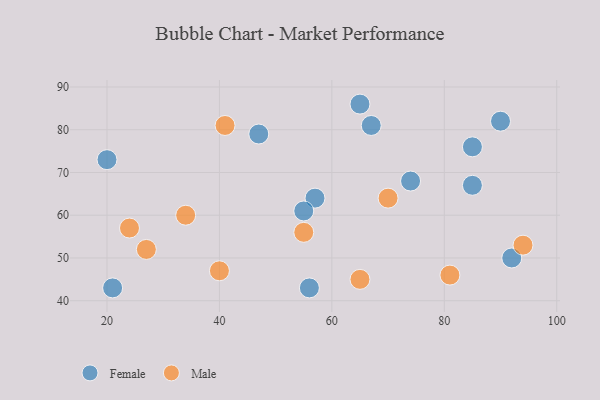
{"axis": {"x": "GDP", "y": "Life Expectancy"}, "legend": ["Female", "Male"], "data": [{"x": "92", "y": 50, "type": "Female"}, {"x": "57", "y": 64, "type": "Female"}, {"x": "55", "y": 61, "type": "Female"}, {"x": "67", "y": 81, "type": "Female"}, {"x": "90", "y": 82, "type": "Female"}, {"x": "74", "y": 68, "type": "Female"}, {"x": "65", "y": 86, "type": "Female"}, {"x": "47", "y": 79, "type": "Female"}, {"x": "85", "y": 67, "type": "Female"}, {"x": "56", "y": 43, "type": "Female"}, {"x": "20", "y": 73, "type": "Female"}, {"x": "85", "y": 76, "type": "Female"}, {"x": "21", "y": 43, "type": "Female"}, {"x": "70", "y": 64, "type": "Male"}, {"x": "94", "y": 53, "type": "Male"}, {"x": "41", "y": 81, "type": "Male"}, {"x": "40", "y": 47, "type": "Male"}, {"x": "34", "y": 60, "type": "Male"}, {"x": "65", "y": 45, "type": "Male"}, {"x": "27", "y": 52, "type": "Male"}, {"x": "81", "y": 46, "type": "Male"}, {"x": "55", "y": 56, "type": "Male"}, {"x": "24", "y": 57, "type": "Male"}]}